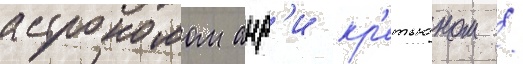
астрономом анр'и кр'етьеном /